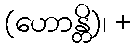
(ဟောန္တိ)၊ +